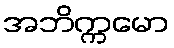
အဘိက္ကမော